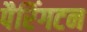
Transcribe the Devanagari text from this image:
पैरिंगटन